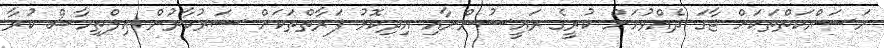
މަސައްކަތްތަކަށް ޖާގަ ދެއްވުމަށް ކުރީގެ ރައީސުންނާއި އިދިކޮޅު ފަރާތްތަކަށް ސަރުކާރުން އިލްތިމާސް ކުރާ